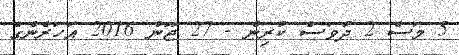
5 މަސް 2 ދުވަސް ކުރިން - 27 ޖޫން 2016 އަހަރެންގެ